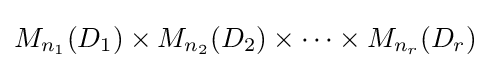
M_{n_{1}}(D_{1})\times M_{n_{2}}(D_{2})\times \cdots \times M_{n_{r}}(D_{r})